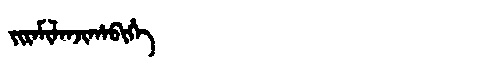
Manchu: ᠵᡳᡵᠠᠮᡳᠯᠠᠨᠵᡳᡥᠠᠪᡳᡥᡝ
Romanization: JIRAMILANJIHABIHE